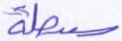
سيبطله